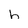
Character: h